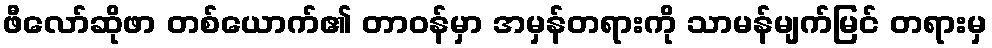
ဖီလော်ဆိုဖာ တစ်ယောက်၏ တာဝန်မှာ အမှန်တရားကို သာမန်မျက်မြင် တရားမှ